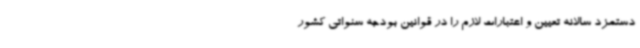
دستمزد سالانه تعیین و اعتبارات لازم را در قوانین بودجه سنواتی کشور